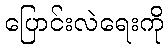
ပြောင်းလဲရေးကို